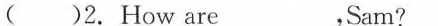
( )2.How are____,Sam?